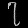
Digit: ၇